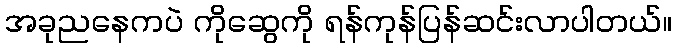
အခုညနေကပဲ ကိုဆွေကို ရန်ကုန်ပြန်ဆင်းလာပါတယ်။